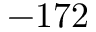
- 1 7 2